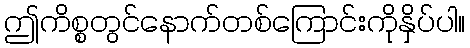
ဤကိစ္စတွင်နောက်တစ်ကြောင်းကိုနှိပ်ပါ။